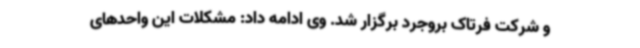
و شرکت فرتاک بروجرد برگزار شد. وی ادامه داد: مشکلات این ‌واحدهای